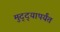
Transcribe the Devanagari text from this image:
मुद्द्‍यापर्यंत